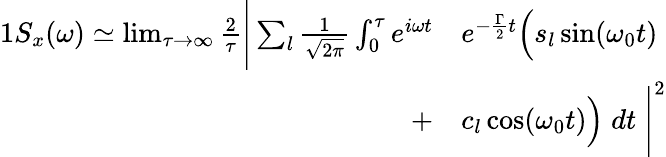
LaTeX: \begin{array}{rl}{{1}S_{x}(\omega)\simeq\operatorname*{lim}_{\tau\to\infty}\frac{2}{\tau}\Bigg|\sum_{l}\frac{1}{\sqrt{2\pi}}\int_{0}^{\tau}e^{i\omega t}}&{{}e^{-\frac{\Gamma}{2}t}\Big(s_{l}\sin(\omega_{0}t)}\\ {+}&{{}c_{l}\cos(\omega_{0}t)\Big)\; dt\; \Bigg|^{2}}\end{array}